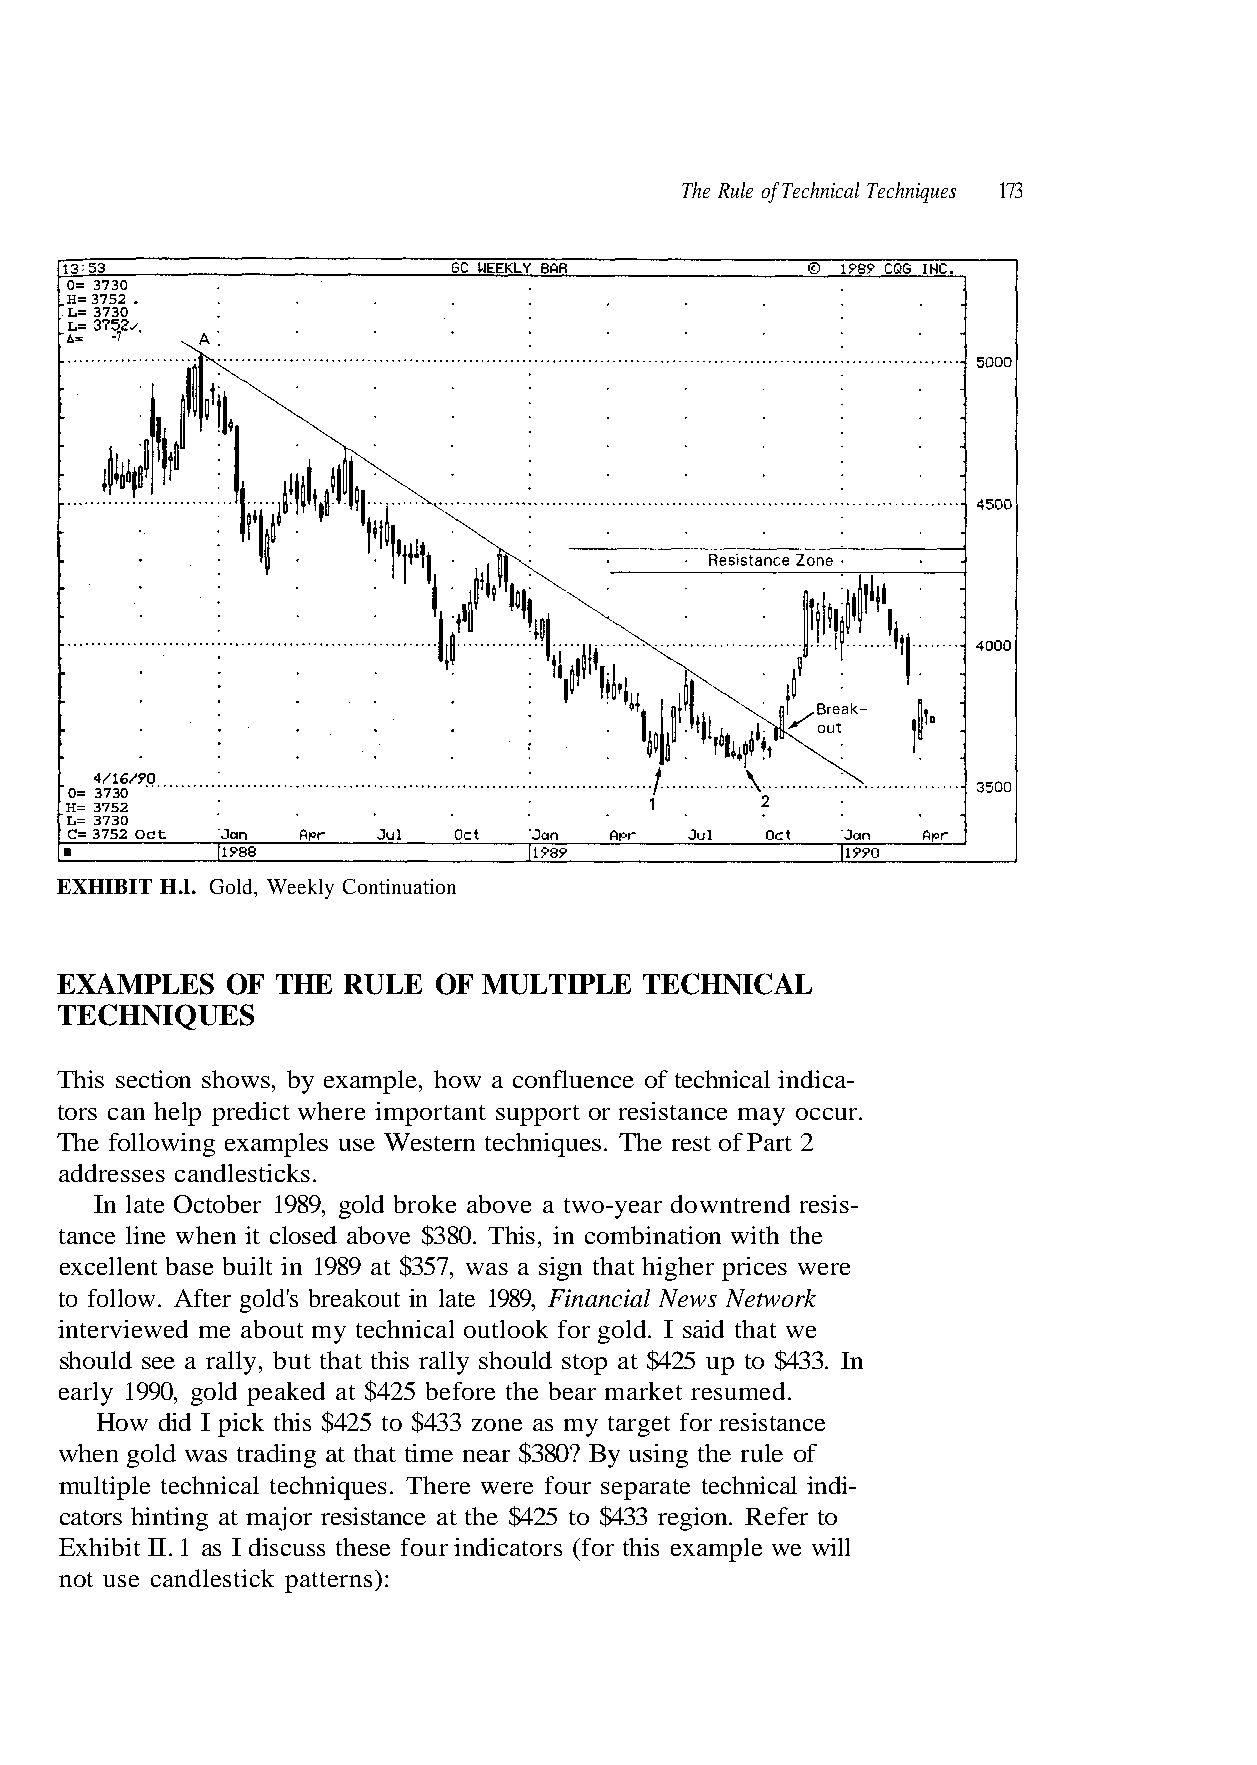
0= 3730
 H= 3752 .
 L= 3730
 L= 3752^
 -7 '
 0= 3730
 H= 3752
 L= 3730
 C= 3752 Oct
 EXHIBIT H.l. Gold, Weekly Continuation
 TECHNIQUES
 The following examples use Western techniques. The rest of Part 2
 addresses candlesticks.
 tance line when it closed above $380. This, in combination with the
 to follow. After gold's breakout in late 1989, Financial News Network
 interviewed me about my technical outlook for gold. I said that we
 should see a rally, but that this rally should stop at $425 up to $433. In
 early 1990, gold peaked at $425 before the bear market resumed.
 multiple technical techniques. There were four separate technical indi-
 Exhibit II. 1 as I discuss these four indicators (for this example we will
 not use candlestick patterns):
 e r e w s e c i r
 - a
 p
 c i
 r
 d
 e
 n
 h
 i
 g
 l a
 i h
 c i n
 t
 h
 a
 c
 h
 e
 t
 t
 n
 f o
 g i
 o
 e
 s
 t
 c
 r
 n
 a
 e f
 e
 e
 u
 s
 R
 l
 a
 f
 w
 n.
 n
 o
 o
 i g
 c
 ,
 e
 7
 r
 a
 5
 3
 w
 3
 43
 $
 $
 o
 o
 h
 t
 f
 t
 a
 o
 example,
 may occur.
 n 1989
 get for resistance
 By using the rule
 e at the $425
 ws, by
 ort or resistance
 built i
 ne as my tar
 e near $380?
 resistanc
 ho
 nt supp
 se
 33 zo
 at tim
 ajor
 on s
 e importa
 ba
 5 to $4
 ng at th
 at m
 ecti
 dict wher
 ent
 his $42
 as tradi
 nting
 EXAMPLES OF THE RULE OF MULTIPLE TECHNICAL
 This s
 tors can help pre
 In late October 1989, gold broke above a two-year downtrend resis-
 excell
 How did I pick t
 when gold w
 cators hi
 3 7 1 s e u q ni h c e T al c ni h c e T of e ul R e h T